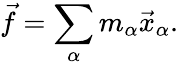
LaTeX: {\vec{f}}=\sum_{\alpha}m_{\alpha}{\vec{x}}_{\alpha}.